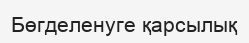
Бөгделенуге қарсылық